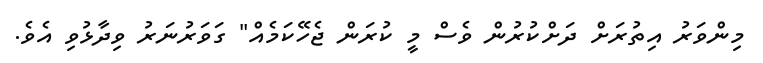
މިންވަރު އިތުރަށް ދަށްކުރުން ވެސް މީ ކުރަން ޖެހޭކަމެއް" ގަވަރުނަރު ވިދާޅުވި އެވެ.